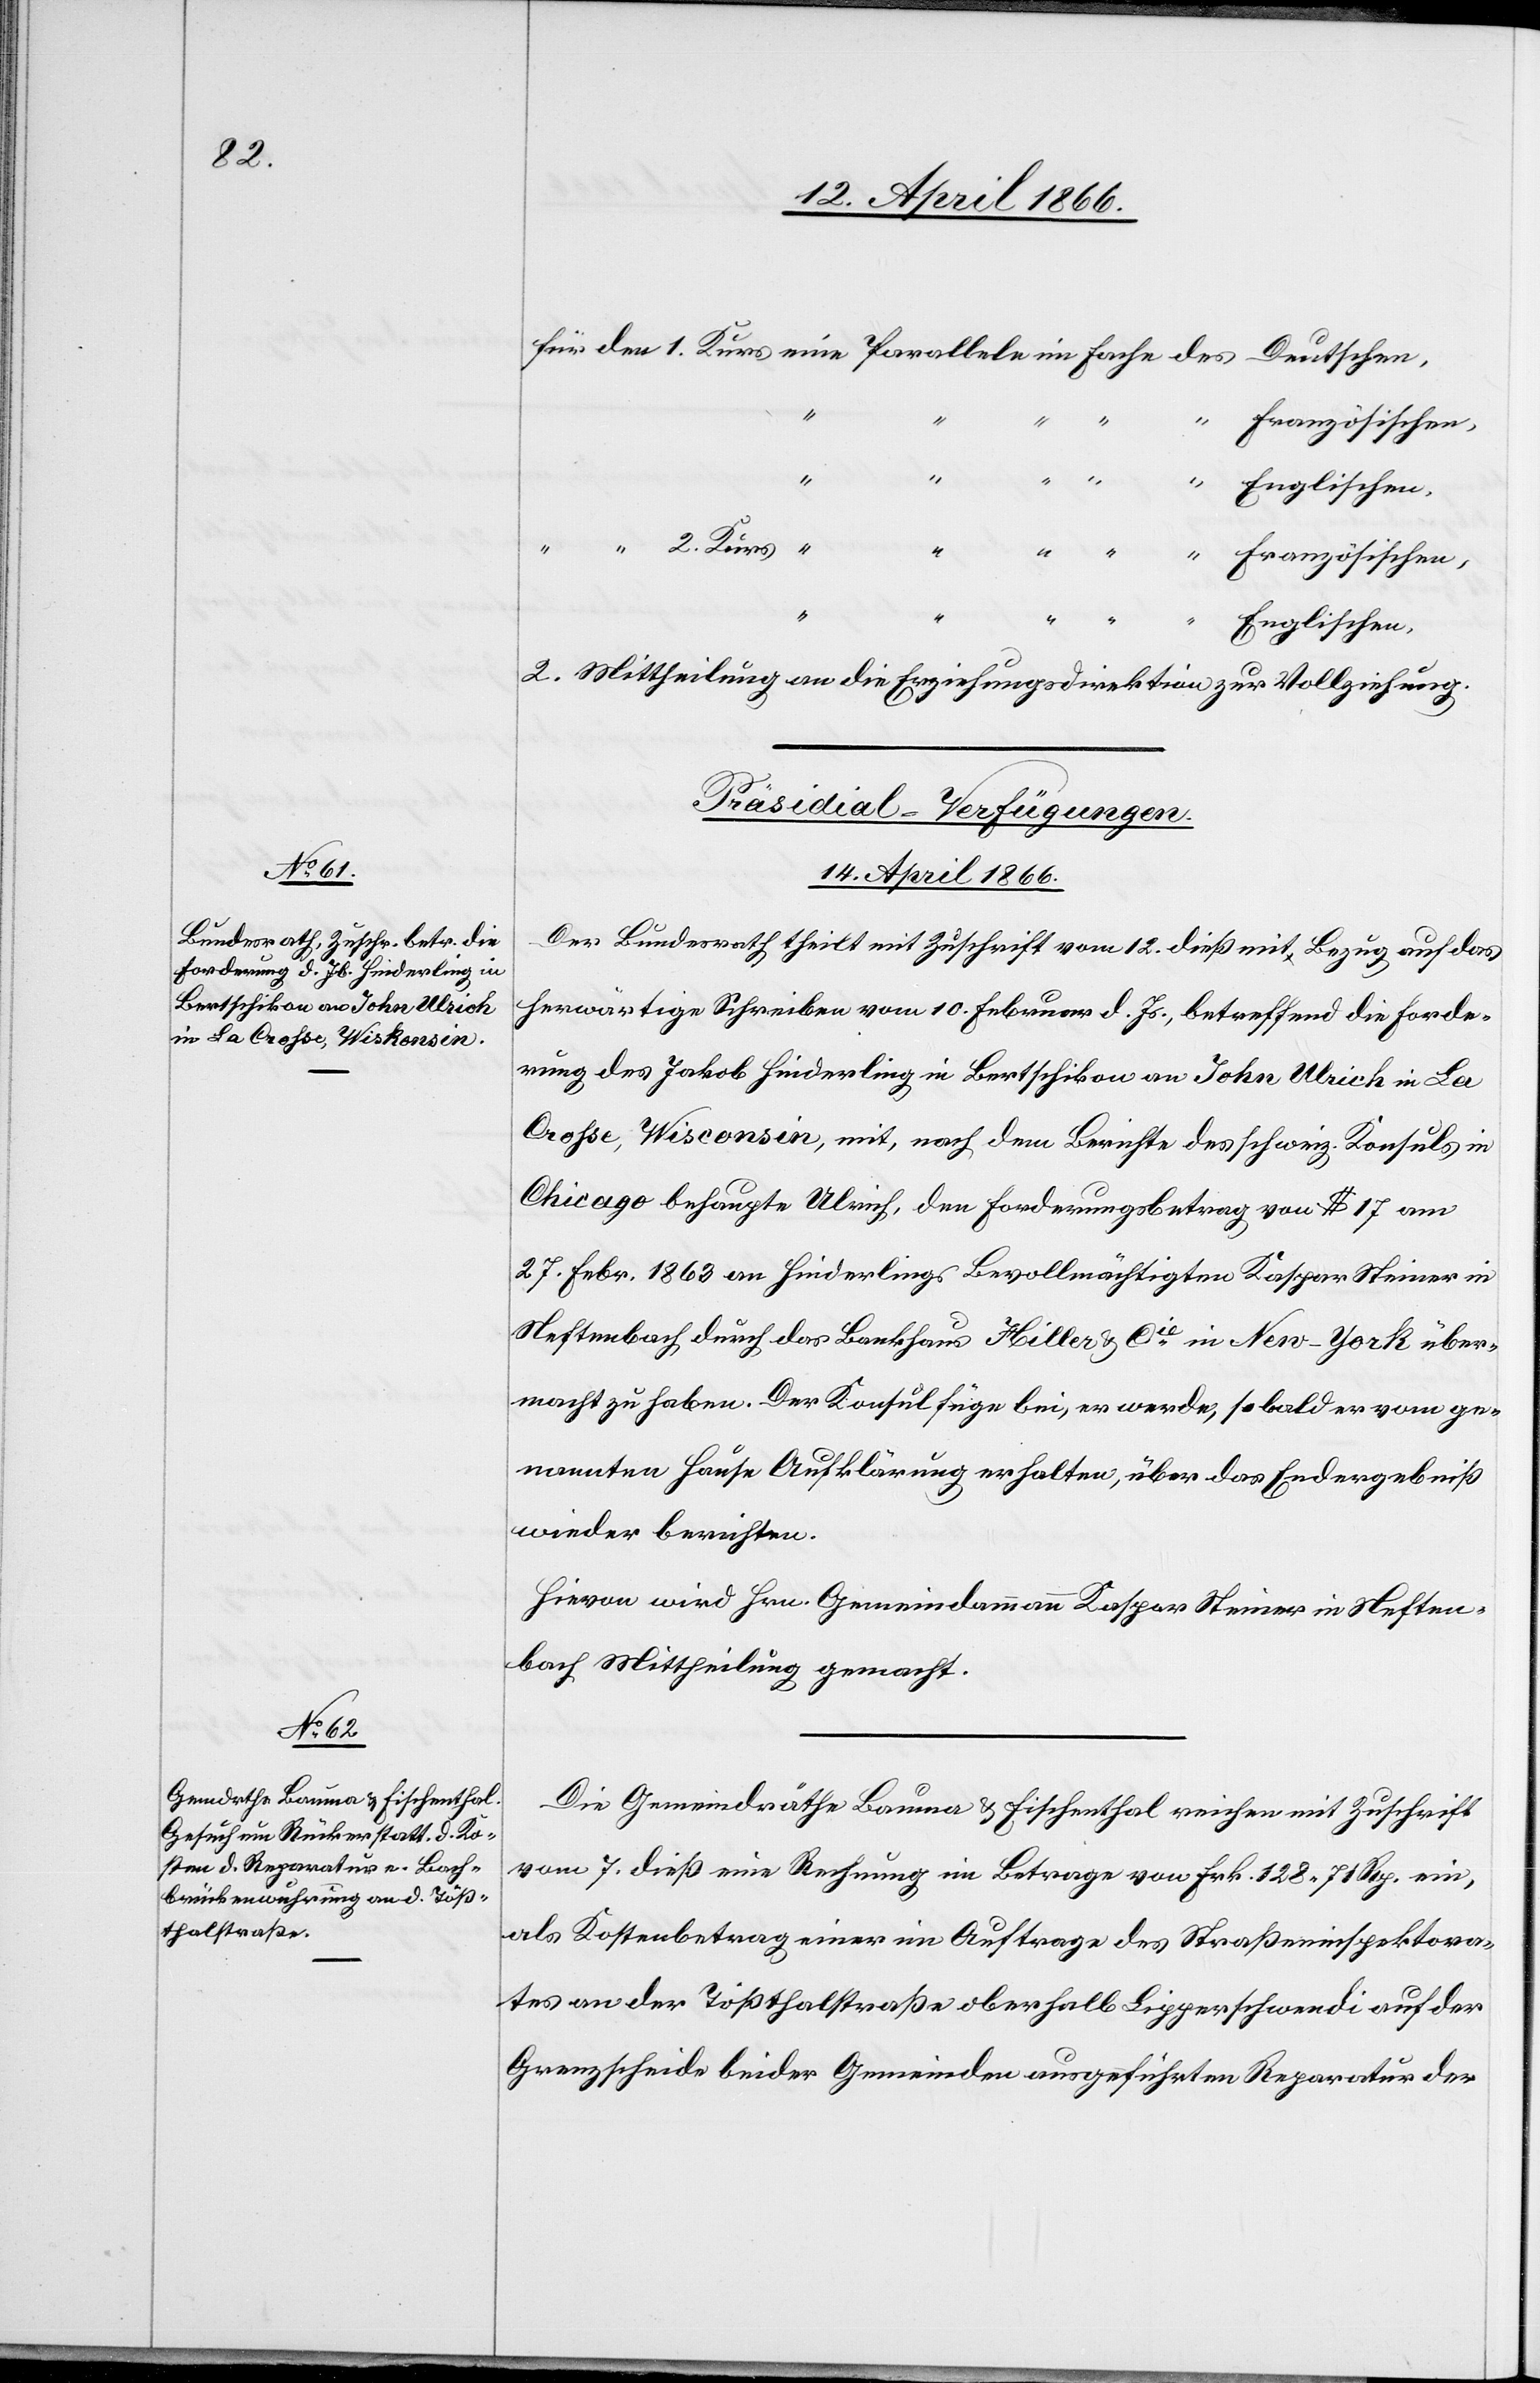
Kurs

“
Französischen,
Englischen.
2. Mittheilung an die Erziehungsdirektion zur Vollziehung.
[Präsidial-Verfügungen.
14. April 1866.]
Der Bundesrath theilt mit Zuschrift vom 12. dieß mit Bezug auf das
herwärtige Schreiben vom 10. Februar d. Js., betreffend die Forde¬
rung des Jakob Hinderling in Bertschikon an John Ulrich in La
Crosse, Wisconsin [sic!], mit, nach dem Berichte des schweiz. Konsuls in
Chicago behaupte Ulrich, den Forderungsbetrag von $ 17 am
27. Febr. 1863 an Hinderlings Bevollmächtigten Kaspar Steiner in
Neftenbach durch das Bankhaus Miller u. Cie. in New-York über¬
macht zu haben. Der Konsul füge bei, er werde, so bald er vom ge¬
nannten Hause Aufklärung erhalten, über das Endergebniß
wieder berichten.
Hievon wird Hrn. Gemeindammann Kaspar Steiner in Neften¬
bach Mittheilung gemacht.
Die Gemeindräthe Bauma u. Fischenthal reichen mit Zuschrift
vom 7. dieß eine Rechnung im Betrage von Frk. 128.71 Rp. ein,
als Kostenbetrag einer im Auftrage des Straßeninspektora¬
tes an der Tößthalstraße oberhalb Lipperschwendi auf der
Grenzscheide beider Gemeinden ausgeführten Reparatur der